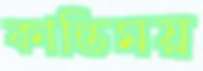
কান্তিময়